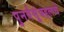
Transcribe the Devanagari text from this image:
पुनर्वसूंबद्दलचे